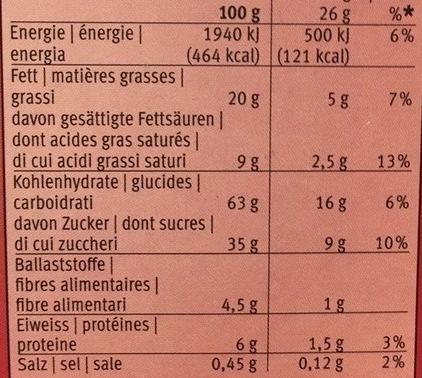
Energie | énergie | energia
Fett | matières grasses |
100 g 1940 kJ (464 kcal)
grassi
davon gesättigte Fettsäuren | dont acides gras saturés | di cui acidi grassi saturi Kohlenhydrate | glucides | carboidrati
davon Zucker | dont sucres |
di cui zuccheri
Ballaststoffe |
fibres alimentaires | fibre alimentari Eiweiss protéines |
proteine
Salz sel sale
20 g
9g
63 g
35 g
4,5 g
6 g
0,45 g
26 g
500 KJ
(121 kcal)
5 g
2,5 g
16 g
9g
1 g
1,5 g
0,12 g
%*
6%
7%
13%
6%
10%
3% 2%